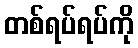
တစ်ရပ်ရပ်ကို